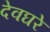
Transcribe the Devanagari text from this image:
देवघरे